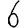
Digit: 6